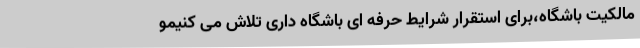
مالکیت باشگاه،برای استقرار شرایط حرفه ای باشگاه داری تلاش می کنیمو